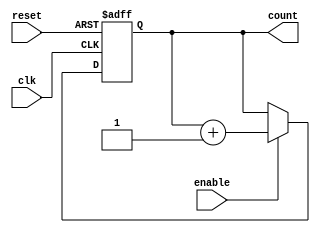
module ChainedParallelCounter (
    input wire clk,          // Clock signal
    input wire reset,        // Asynchronous reset signal
    input wire enable,       // Enable signal
    output reg [N-1:0] count // Counter output (N-bit)
);
    parameter N = 4; // Number of bits in the counter

    // Chained Counter Logic
    // This section implements the chained counter
    always @(posedge clk or posedge reset) begin
        if (reset) begin
            count <= 0; // Reset the counter to 0
        end else if (enable) begin
            count <= count + 1; // Increment the counter
        end
    end

    // Parallel Counter Logic
    // Uncomment the following block to use parallel counting instead
    /*
    always @(posedge clk or posedge reset) begin
        if (reset) begin
            count <= 0; // Reset the counter to 0
        end else if (enable) begin
            count <= count + 1; // Increment the counter
        end
    end
    */

endmodule